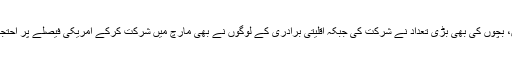
مارچ میں خواتین، بچوں کی بهی بڑی تعداد نے شرکت کی جبکہ اقلیتی برادری کے لوگوں نے بهی مارچ میں شرکت کرکے امریکی فیصلے پر احتجاج ریکارڈ کرایا۔